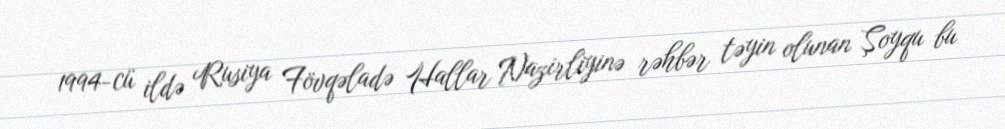
1994-cü ildə Rusiya Fövqəladə Hallar Nazirliyinə rəhbər təyin olunan Şoyqu bu